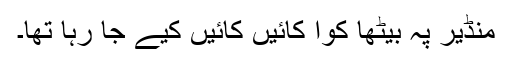
منڈیر پہ بیٹھا کوا کائیں کائیں کیے جا رہا تھا۔